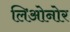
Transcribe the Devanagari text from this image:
लिओनोर